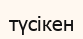
түсікен